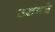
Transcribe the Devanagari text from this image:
उरुगवे